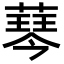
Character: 䔷